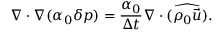
\nabla \cdot \nabla ( \alpha _ { 0 } \delta p ) = \frac { \alpha _ { 0 } } { \Delta t } \nabla \cdot ( \widehat { \rho _ { 0 } \vec { u } } ) .